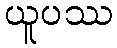
ယူပဿ